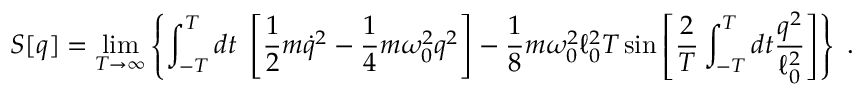
S [ q ] = \operatorname * { l i m } _ { T \rightarrow \infty } \left\{ \int _ { - T } ^ { T } d t \; \left[ \frac 1 2 m \dot { q } ^ { 2 } - \frac 1 4 m \omega _ { 0 } ^ { 2 } q ^ { 2 } \right] - \frac 1 8 m \omega _ { 0 } ^ { 2 } \ell _ { 0 } ^ { 2 } T \sin \left[ { \frac { 2 } { T } } \int _ { - T } ^ { T } d t { \frac { q ^ { 2 } } { \ell _ { 0 } ^ { 2 } } } \right] \right\} \; .